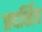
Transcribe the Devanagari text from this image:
प्रदर्शित